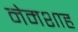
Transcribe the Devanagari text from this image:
नेमशाह